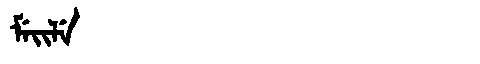
Manchu: ᠮᡝᡳᠯᡝ
Romanization: MEILE